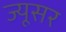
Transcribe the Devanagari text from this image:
ज्यूसर